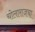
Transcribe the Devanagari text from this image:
चोलाराजचा